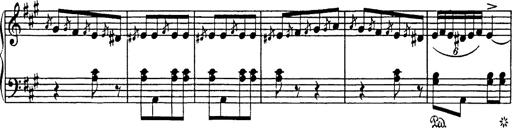
Title: Mephisto Polka
Composer: Franz Liszt